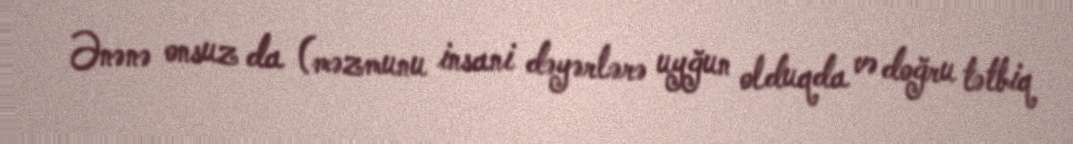
Ənənə onsuz da (məzmunu insani dəyərlərə uyğun olduqda və doğru tətbiq